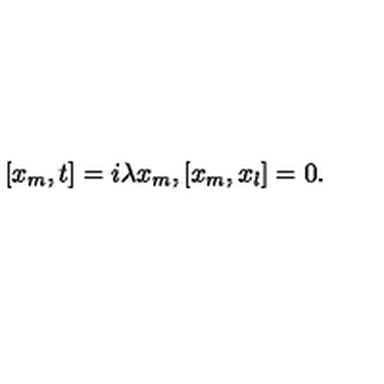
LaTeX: [ x _ { m } , t ] = i \lambda x _ { m } , [ x _ { m } , x _ { l } ] = 0 .